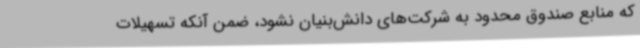
که منابع صندوق محدود به شرکت‌های دانش‌بنیان نشود، ضمن آنکه تسهیلات